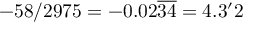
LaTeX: - 5 8 / 2 9 7 5 = - 0 . 0 2 { \overline { { 3 4 } } } = 4 . 3 { \mathrm { ' } } 2